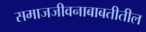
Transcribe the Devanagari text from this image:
समाजजीवनाबाबतीतील